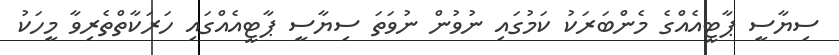
ސިޔާސީ ޕާޓީއެއްގެ މެންބަރަކު ކަމުގައި ނުވުން ނުވަތަ ސިޔާސީ ޕާޓީއެއްގައި ހަރަކާތްތެރިވާ މީހަކު